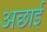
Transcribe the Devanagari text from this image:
अछाई